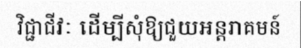
វិជ្ជាជីវៈ ដើម្បីសុំឱ្យជួយអន្តរាគមន៍